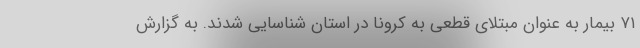
۷۱ بیمار به عنوان مبتلای قطعی به کرونا در استان شناسایی شدند. به گزارش